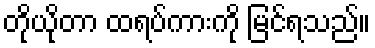
တိုယိုတာ ထရပ်ကားကို မြင်ရသည်။